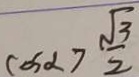
\cos \alpha > \frac { \sqrt { 3 } } { 2 }